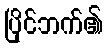
ပြိုင်ဘက်၏